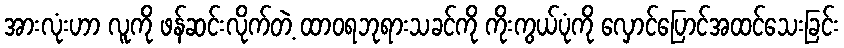
အားလုံးဟာ လူကို ဖန်ဆင်းလိုက်တဲ့ ထာဝရဘုရားသခင်ကို ကိုးကွယ်ပုံကို လှောင်ပြောင်အထင်သေးခြင်း